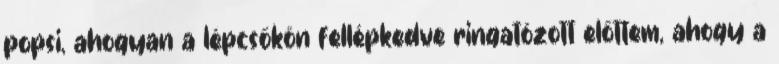
popsi, ahogyan a lépcsőkön fellépkedve ringatózott előttem, ahogy a